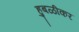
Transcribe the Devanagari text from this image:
हुबळीकर